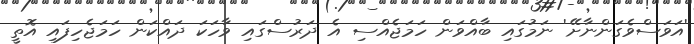
'އަވަސްވެގަންނާށޭ' ނަމުގައި ބާއްވަން ހަމަޖެއްސި އެ ދަރުސްގައި ވާހަކަ ދައްކަން ހަމަޖެހިފައި އޮތީ